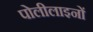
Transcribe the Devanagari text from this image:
पोलीलाइनों